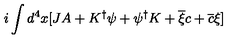
i \int d ^ { 4 } x [ J A + K ^ { \dagger } \psi + \psi ^ { \dagger } K + \overline { { \xi } } c + \overline { { c } } \xi ]